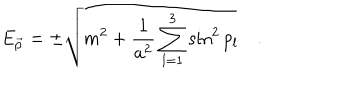
E _ { \vec { p } } = \pm \sqrt { m ^ { 2 } + \frac { 1 } { a ^ { 2 } } \sum _ { l = 1 } ^ { 3 } \sin ^ { 2 } p _ { l } } \quad .